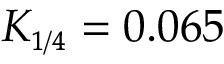
K _ { \scriptscriptstyle { 1 / 4 } } = 0 . 0 6 5